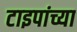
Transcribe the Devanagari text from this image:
टाइपांच्या